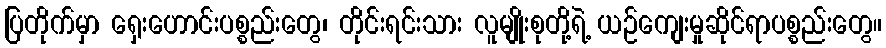
ပြတိုက်မှာ ရှေးဟောင်းပစ္စည်းတွေ၊ တိုင်းရင်းသား လူမျိုးစုတို့ရဲ့ ယဉ်ကျေးမှုဆိုင်ရာပစ္စည်းတွေ။